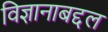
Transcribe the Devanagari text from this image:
विज्ञानाबद्दल